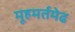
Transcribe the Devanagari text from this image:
मूहमर्तमेढ